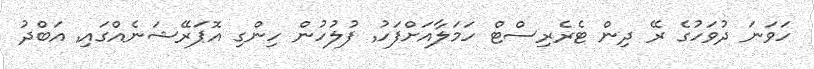
ހަވަނަ ދުވަހުގެ ރޭ ދިން ޓެރެރިސްޓް ހަމަލާއަށްފަހު